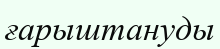
ғарыштануды